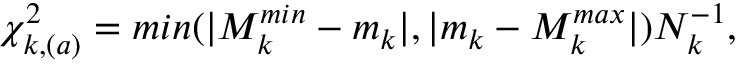
\chi _ { k , ( a ) } ^ { 2 } = m i n ( \vert M _ { k } ^ { m i n } - m _ { k } \vert , \vert m _ { k } - M _ { k } ^ { m a x } \vert ) N _ { k } ^ { - 1 } ,